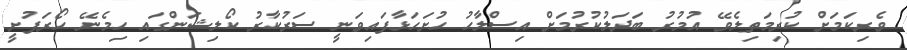
ވެރިކަމަށް ކުރިމަތިލެވޭ އުމުރު ބަދަލުކުރުމަށް އިސްލާހު ހުށަހަޅާފައިވަނީ ސަރުކާރު ކޯލިޝަންގައި ހިމެނޭ ހޯރަފުށީ